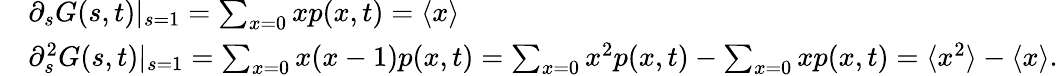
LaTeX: \begin{array}{rl}&{\partial_{s}G(s,t)|_{s=1}=\sum_{x=0}xp(x,t)=\langle x\rangle}\\ &{\partial_{s}^{2}G(s,t)|_{s=1}=\sum_{x=0}x(x-1)p(x,t)=\sum_{x=0}x^{2}p(x,t)-\sum_{x=0}xp(x,t)=\langle x^{2}\rangle-\langle x\rangle.}\end{array}